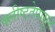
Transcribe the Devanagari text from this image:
क्लीष्टतेपासून